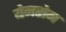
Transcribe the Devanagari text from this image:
येनसेन